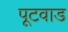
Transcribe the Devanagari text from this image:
पूटवाड